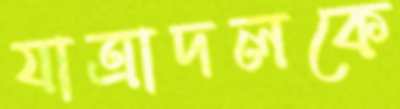
যাত্রাদলকে